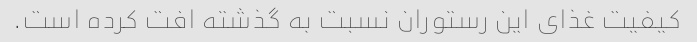
کیفیت غذای این رستوران نسبت به گذشته افت کرده است.